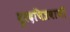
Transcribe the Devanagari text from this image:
दूरदचित्रवाणी